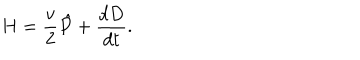
LaTeX: H = { \frac { v } { 2 } } \hat { P } + { \frac { d D } { d t } } .